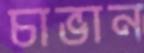
চাভান